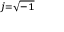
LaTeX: \scriptstyle { j = { \sqrt { - 1 } } }